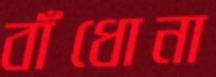
বাঁধোনা